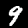
Label: 9